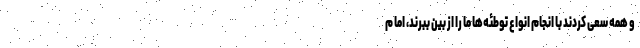
و همه سعی کردند با انجام انواع توطئه‌ها ما را از بین ببرند، اما م